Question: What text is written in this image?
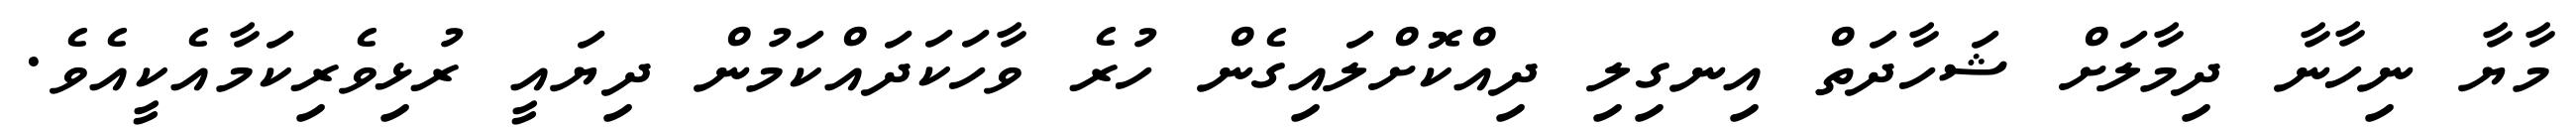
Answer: މާޔާ ނިހާނާ ދިމާލަށް ޝަހާދަތް އިނގިލި ދިއްކޮށްލައިގެން ހުރެ ވާހަކަދައްކަމުން ދިޔައީ ރުޅިވެރިކަމާއެކީއެވެ.